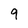
Character: 9